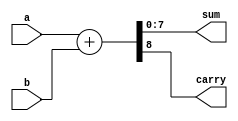
module ParameterizedAdder #(
    parameter WIDTH = 8  // Default width is 8 bits
)(
    input  wire [WIDTH-1:0] a,  // First operand
    input  wire [WIDTH-1:0] b,  // Second operand
    output reg  [WIDTH-1:0] sum, // Sum output
    output reg               carry // Carry output
);

// Always block to perform addition
always @(*) begin
    {carry, sum} = a + b; // Perform addition and capture carry
end

endmodule